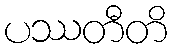
ပဿတီတိ